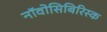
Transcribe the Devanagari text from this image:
नॉवोसिबिरिस्क